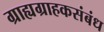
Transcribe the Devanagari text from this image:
ग्राह्यग्राहकसंबंध